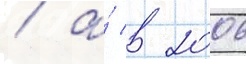
/ а́ в 2006